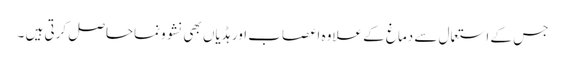
جس کے استعمال سے دماغ کے علاوہ اعصاب اور ہڈیاں بھی نشوونماحاصل کرتی ہیں ۔